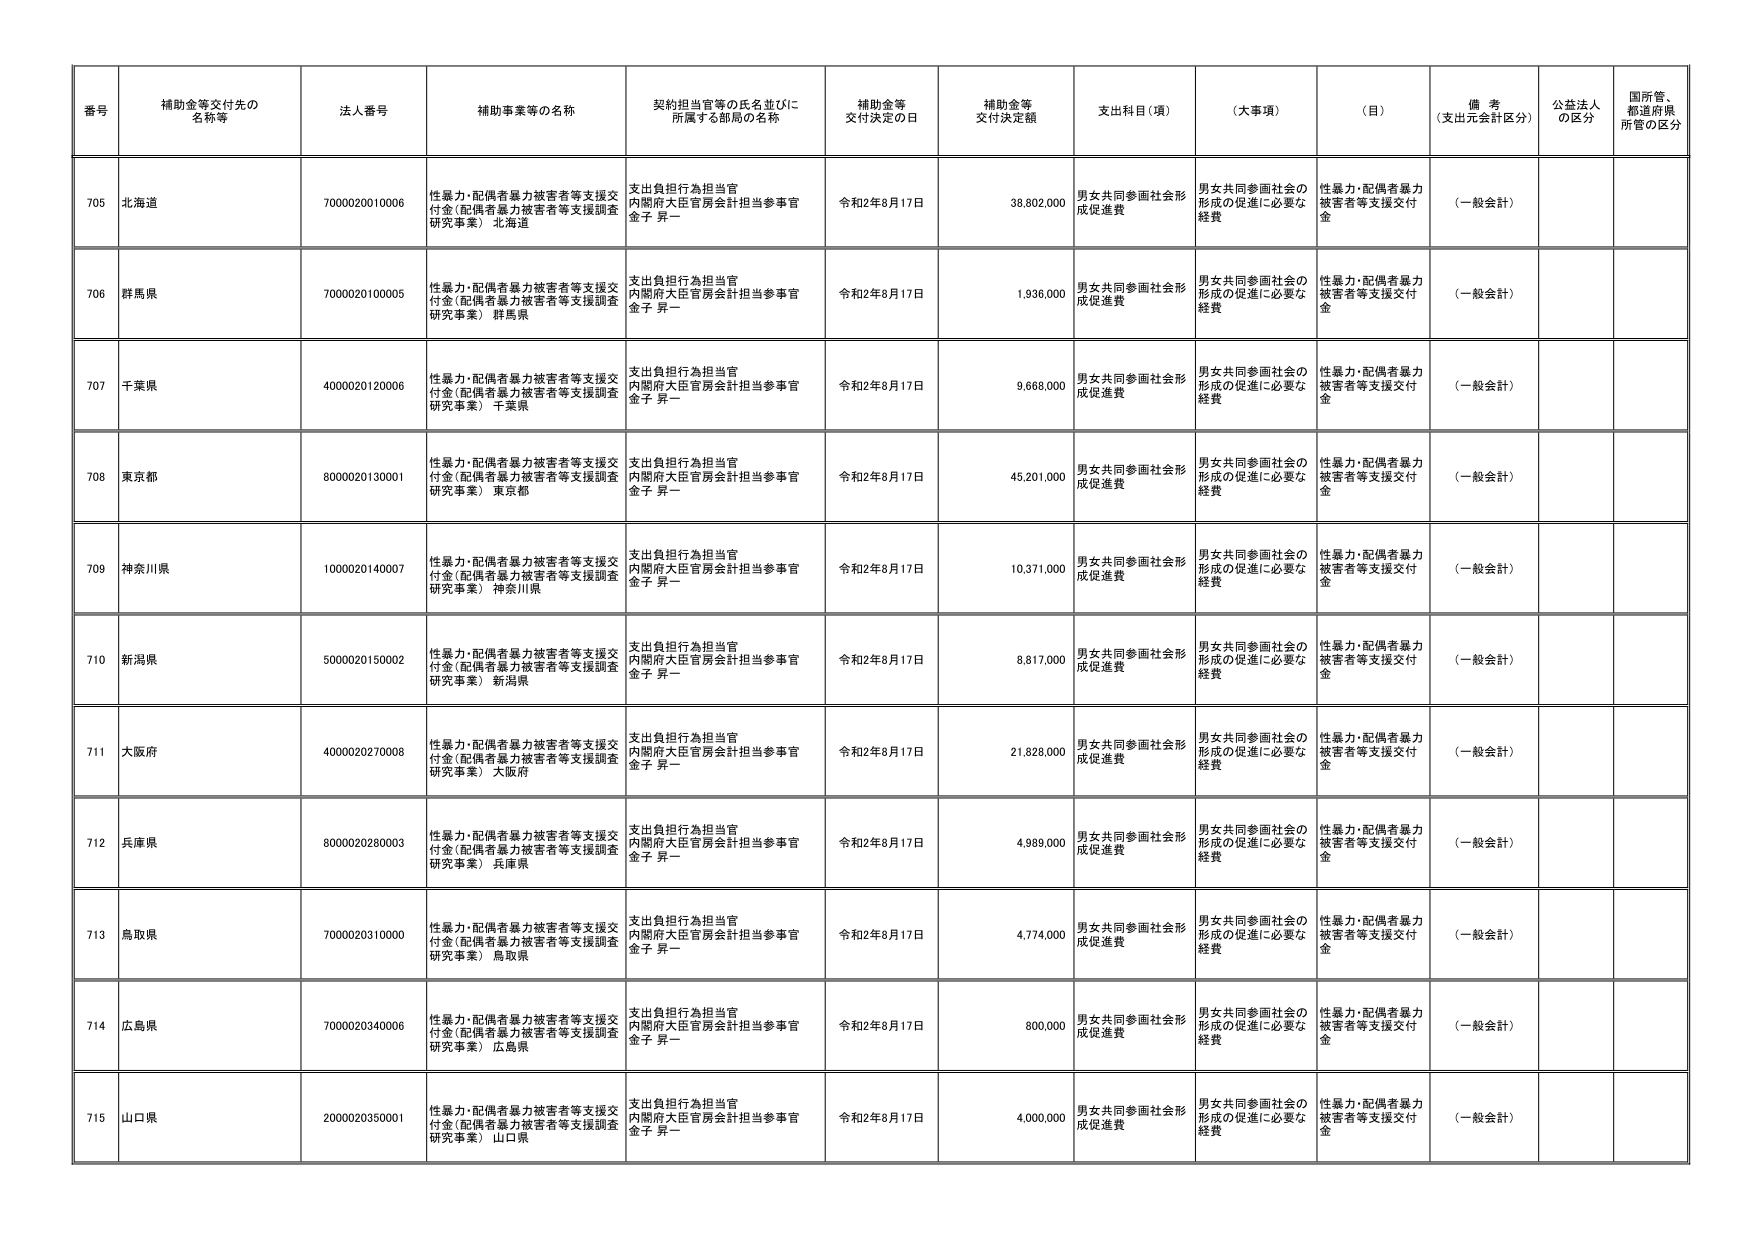
番号 補助金等交付先の名称等 法人番号 補助事業等の名称 契約担当官等の氏名並びに所属する部局の名称 補助金等交付決定の日 補助金等交付決定額 支出科目（項） （大事項） （目） 備考（支出元会計区分） 公益法人の区分 国所管、都道府県所管の区分
705 北海道 7000020010006 性暴力・配偶者暴力被害者等支援交付金（配偶者暴力被害者等支援調査研究事業） 北海道 支出負担行為担当官 内閣府大臣官房会計担当参事官 金子 昇一 令和2年8月17日 38,802,000 男女共同参画社会形成促進費 男女共同参画社会の形成の促進に必要な経費 性暴力・配偶者暴力被害者等支援交付金 （一般会計）
706 群馬県 7000020100005 性暴力・配偶者暴力被害者等支援交付金（配偶者暴力被害者等支援調査研究事業） 群馬県 支出負担行為担当官 内閣府大臣官房会計担当参事官 金子 昇一 令和2年8月17日 1,936,000 男女共同参画社会形成促進費 男女共同参画社会の形成の促進に必要な経費 性暴力・配偶者暴力被害者等支援交付金 （一般会計）
707 千葉県 4000020120006 性暴力・配偶者暴力被害者等支援交付金（配偶者暴力被害者等支援調査研究事業） 千葉県 支出負担行為担当官 内閣府大臣官房会計担当参事官 金子 昇一 令和2年8月17日 9,668,000 男女共同参画社会形成促進費 男女共同参画社会の形成の促進に必要な経費 性暴力・配偶者暴力被害者等支援交付金 （一般会計）
708 東京都 8000020130001 性暴力・配偶者暴力被害者等支援交付金（配偶者暴力被害者等支援調査研究事業） 東京都 支出負担行為担当官 内閣府大臣官房会計担当参事官 金子 昇一 令和2年8月17日 45,201,000 男女共同参画社会形成促進費 男女共同参画社会の形成の促進に必要な経費 性暴力・配偶者暴力被害者等支援交付金 （一般会計）
709 神奈川県 1000020140007 性暴力・配偶者暴力被害者等支援交付金（配偶者暴力被害者等支援調査研究事業） 神奈川県 支出負担行為担当官 内閣府大臣官房会計担当参事官 金子 昇一 令和2年8月17日 10,371,000 男女共同参画社会形成促進費 男女共同参画社会の形成の促進に必要な経費 性暴力・配偶者暴力被害者等支援交付金 （一般会計）
710 新潟県 5000020150002 性暴力・配偶者暴力被害者等支援交付金（配偶者暴力被害者等支援調査研究事業） 新潟県 支出負担行為担当官 内閣府大臣官房会計担当参事官 金子 昇一 令和2年8月17日 8,817,000 男女共同参画社会形成促進費 男女共同参画社会の形成の促進に必要な経費 性暴力・配偶者暴力被害者等支援交付金 （一般会計）
711 大阪府 4000020270008 性暴力・配偶者暴力被害者等支援交付金（配偶者暴力被害者等支援調査研究事業） 大阪府 支出負担行為担当官 内閣府大臣官房会計担当参事官 金子 昇一 令和2年8月17日 21,828,000 男女共同参画社会形成促進費 男女共同参画社会の形成の促進に必要な経費 性暴力・配偶者暴力被害者等支援交付金 （一般会計）
712 兵庫県 8000020280003 性暴力・配偶者暴力被害者等支援交付金（配偶者暴力被害者等支援調査研究事業） 兵庫県 支出負担行為担当官 内閣府大臣官房会計担当参事官 金子 昇一 令和2年8月17日 4,989,000 男女共同参画社会形成促進費 男女共同参画社会の形成の促進に必要な経費 性暴力・配偶者暴力被害者等支援交付金 （一般会計）
713 鳥取県 7000020310000 性暴力・配偶者暴力被害者等支援交付金（配偶者暴力被害者等支援調査研究事業） 鳥取県 支出負担行為担当官 内閣府大臣官房会計担当参事官 金子 昇一 令和2年8月17日 4,774,000 男女共同参画社会形成促進費 男女共同参画社会の形成の促進に必要な経費 性暴力・配偶者暴力被害者等支援交付金 （一般会計）
714 広島県 7000020340006 性暴力・配偶者暴力被害者等支援交付金（配偶者暴力被害者等支援調査研究事業） 広島県 支出負担行為担当官 内閣府大臣官房会計担当参事官 金子 昇一 令和2年8月17日 800,000 男女共同参画社会形成促進費 男女共同参画社会の形成の促進に必要な経費 性暴力・配偶者暴力被害者等支援交付金 （一般会計）
715 山口県 2000020350001 性暴力・配偶者暴力被害者等支援交付金（配偶者暴力被害者等支援調査研究事業） 山口県 支出負担行為担当官 内閣府大臣官房会計担当参事官 金子 昇一 令和2年8月17日 4,000,000 男女共同参画社会形成促進費 男女共同参画社会の形成の促進に必要な経費 性暴力・配偶者暴力被害者等支援交付金 （一般会計）